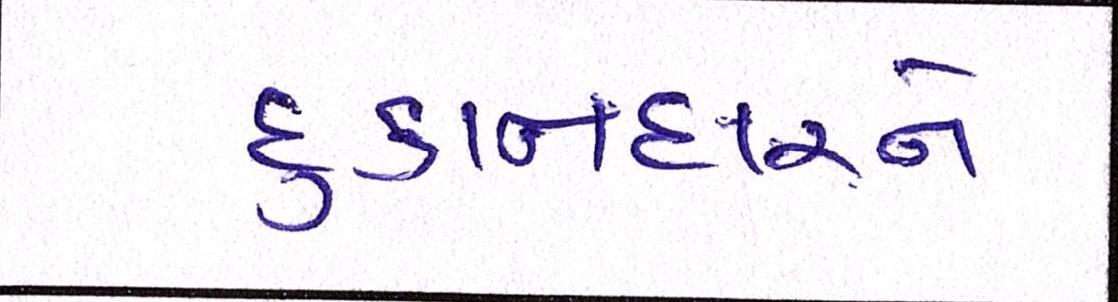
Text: દુકાનદારને